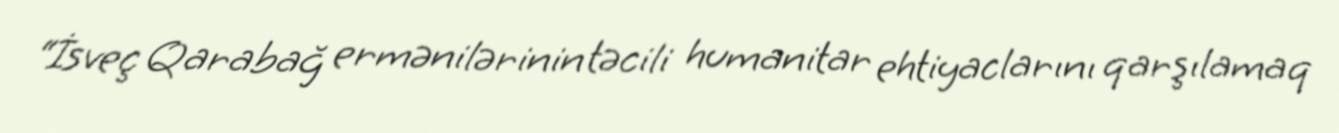
“İsveç Qarabağ ermənilərinin təcili humanitar ehtiyaclarını qarşılamaq